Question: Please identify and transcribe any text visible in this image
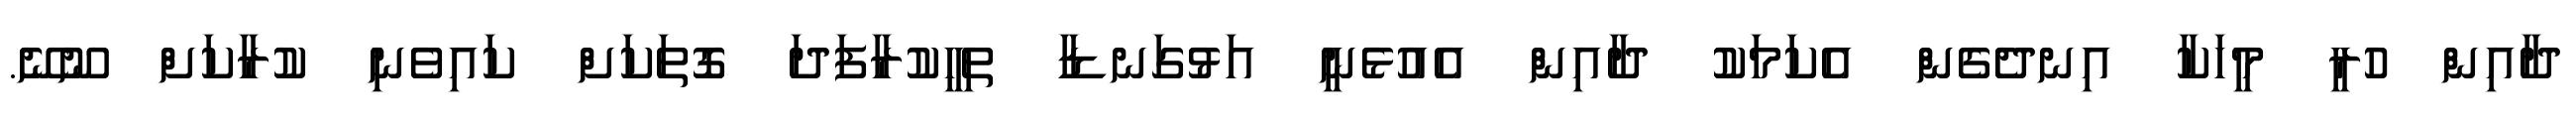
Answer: ދާއިން ހުރީ މީހަކާ އިނދެގެން އެކަމަކު ދާއިން އެއުޅެނީ އަޅުގަނޑާ ތިހީކުރާފަދަ ގޮތަކަށް ކައިވެނި ކުރާކަށް ނޫނޭ.